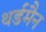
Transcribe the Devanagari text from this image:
थर्डमैन